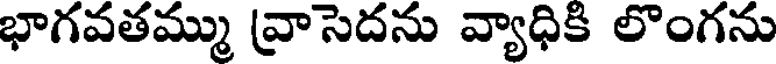
భాగవతమ్ము వ్రాసెదను వ్యాధికి లొంగను